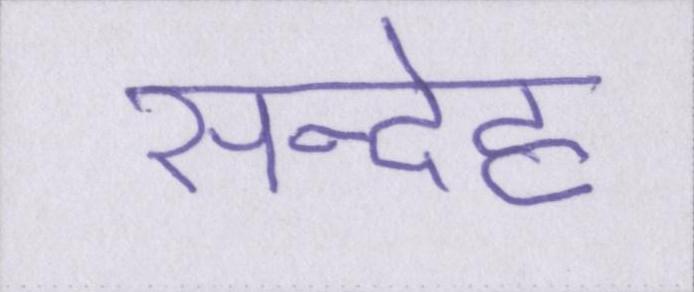
सन्देह